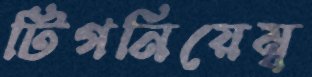
টিগনিয়েম্ব